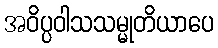
အဝိပ္ပဝါသသမ္မုတိယာပေ